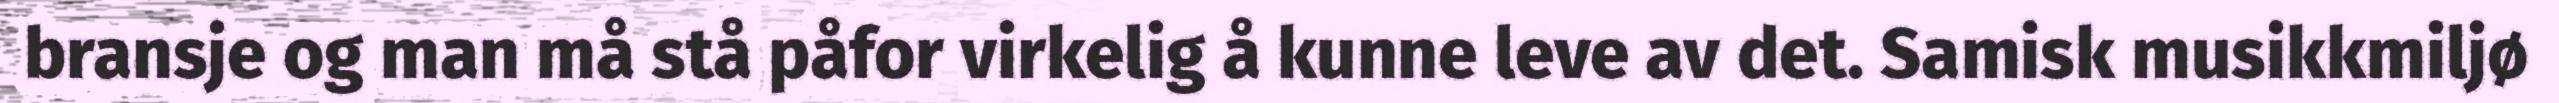
bransje og man må stå påfor virkelig å kunne leve av det. Samisk musikkmiljø